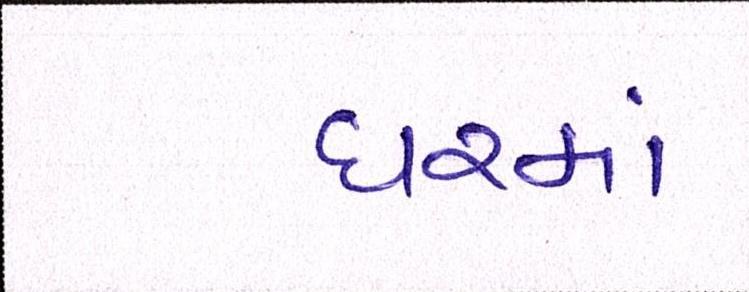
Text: ધરમાં